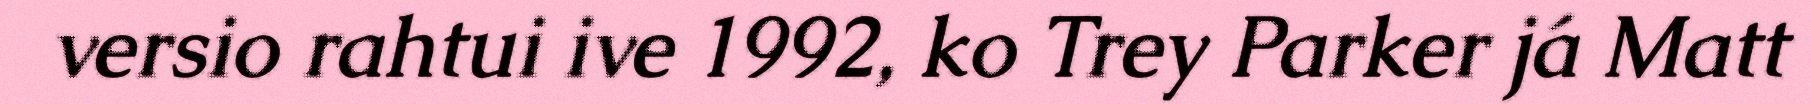
versio rahtui ive 1992, ko Trey Parker já Matt